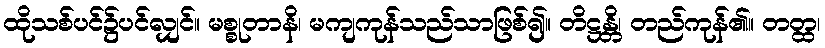
ထိုသစ်ပင်၌ပင်လျှင်။ မစ္စုတာနိ၊ မကျကုန်သည်သာဖြစ်၍။ တိဋ္ဌန္တိ၊ တည်ကုန်၏။ တတ္ထ၊